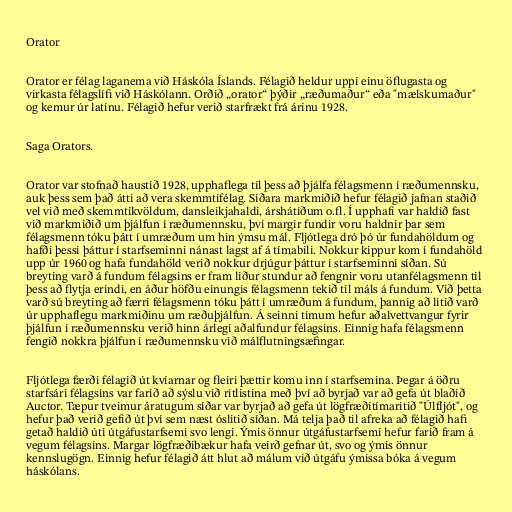
Orator

Orator er félag laganema við Háskóla Íslands. Félagið heldur uppi einu öflugasta og
virkasta félagslífi við Háskólann. Orðið „orator“ þýðir „ræðumaður“ eða "mælskumaður"
og kemur úr latínu. Félagið hefur verið starfrækt frá árinu 1928.

Saga Orators.

Orator var stofnað haustið 1928, upphaflega til þess að þjálfa félagsmenn í ræðumennsku,
auk þess sem það átti að vera skemmtifélag. Síðara markmiðið hefur félagið jafnan staðið
vel við með skemmtikvöldum, dansleikjahaldi, árshátíðum o.fl. Í upphafi var haldið fast
við markmiðið um þjálfun í ræðumennsku, því margir fundir voru haldnir þar sem
félagsmenn tóku þátt í umræðum um hin ýmsu mál. Fljótlega dró þó úr fundahöldum og
hafði þessi þáttur í starfseminni nánast lagst af á tímabili. Nokkur kippur kom í fundahöld
upp úr 1960 og hafa fundahöld verið nokkur drjúgur þáttur í starfseminni síðan. Sú
breyting varð á fundum félagsins er fram liður stundur að fengnir voru utanfélagsmenn til
þess að flytja erindi, en áður höfðu einungis félagsmenn tekið til máls á fundum. Við þetta
varð sú breyting að færri félagsmenn tóku þátt í umræðum á fundum, þannig að lítið varð
úr upphaflegu markmiðinu um ræðuþjálfun. Á seinni tímum hefur aðalvettvangur fyrir
þjálfun í ræðumennsku verið hinn árlegi aðalfundur félagsins. Einnig hafa félagsmenn
fengið nokkra þjálfun í ræðumennsku við málflutningsæfingar.

Fljótlega færði félagið út kvíarnar og fleiri þættir komu inn í starfsemina. Þegar á öðru
starfsári félagsins var farið að sýslu við ritlistina með því að byrjað var að gefa út blaðið
Auctor. Tæpur tveimur áratugum síðar var byrjað að gefa út lögfræðitímaritið "Úlfljót", og
hefur það verið gefið út því sem næst óslitið síðan. Má telja það til afreka að félagið hafi
getað haldið úti útgáfustarfsemi svo lengi. Ýmis önnur útgáfustarfsemi hefur farið fram á
vegum félagsins. Margar lögfræðibækur hafa veirð gefnar út, svo og ýmis önnur
kennslugögn. Einnig hefur félagið átt hlut að málum við útgáfu ýmissa bóka á vegum
háskólans.